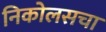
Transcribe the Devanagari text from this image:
निकोलसचा